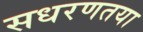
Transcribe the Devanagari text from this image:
सधरणतया